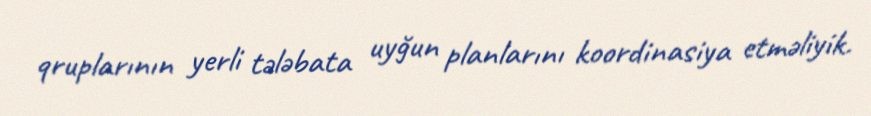
qruplarının yerli tələbata uyğun planlarını koordinasiya etməliyik.